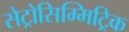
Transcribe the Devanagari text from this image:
सेट्रोसिम्मिट्रिक